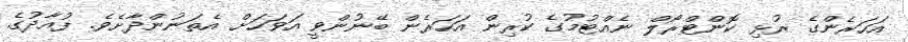
އަހަރެންގެ ރުޅި ކޮންޓްރޯލް ނެއްޓުމުގެ ކުރިން އަހަރެން ބޭނުންވީ އަވަހަށް އެތަނުންދާށެވެ. ފުއާދުގެ